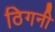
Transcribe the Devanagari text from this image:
ठिगनी